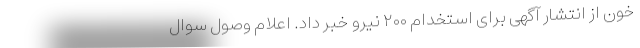
خون از انتشار آگهی برای استخدام ۲۰۰ نیرو خبر داد. اعلام وصول سوال